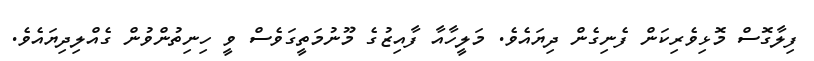
ފިލާގޮސް މޮޅިވެރިކަން ފެނިގެން ދިޔައެވެ. މަލީހާއާ ފާއިޒުގެ މޫނުމަތީގަވެސް ވީ ހިނިތުންވުން ގެއްލިދިޔައެވެ.